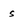
Character: S